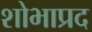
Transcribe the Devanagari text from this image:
शोभाप्रद